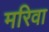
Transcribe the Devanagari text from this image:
मरिवा